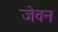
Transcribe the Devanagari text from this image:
जेवन